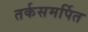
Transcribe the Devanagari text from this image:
तर्कसमर्पित